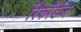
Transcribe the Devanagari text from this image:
रिकॉर्डज